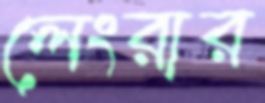
লেংরার